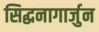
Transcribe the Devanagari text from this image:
सिद्धनागार्जुन